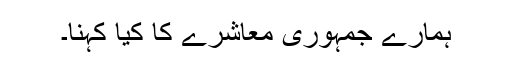
ہمارے جمہوری معاشرے کا کیا کہنا۔